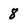
Character: 8